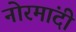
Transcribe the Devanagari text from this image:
नोरमांदी